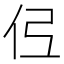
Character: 𫢏